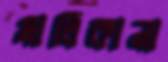
মালিকানা